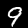
Digit: 9